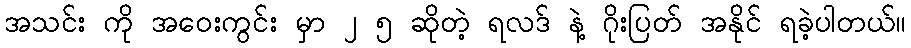
အသင်း ကို အဝေးကွင်း မှာ ၂ ၅ ဆိုတဲ့ ရလဒ် နဲ့ ဂိုးပြတ် အနိုင် ရခဲ့ပါတယ်။